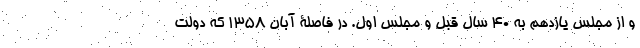
و از مجلس یازدهم به 40 سال قبل و مجلس اول. در فاصلۀ آبان 1358 که دولت